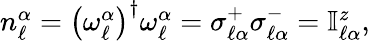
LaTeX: \begin{array}{r}{n_{\ell}^{\alpha}=\left(\omega_{\ell}^{\alpha}\right)^{\dagger}\omega_{\ell}^{\alpha}=\sigma_{\ell\alpha}^{+}\sigma_{\ell\alpha}^{-}=\mathbb{I}_{\ell\alpha}^{z},}\end{array}